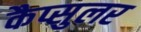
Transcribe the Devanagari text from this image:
कैप्सुलर